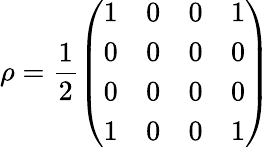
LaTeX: \rho=\frac{1}{2}\left(\begin{array}{llll}{1}&{0}&{0}&{1}\\ {0}&{0}&{0}&{0}\\ {0}&{0}&{0}&{0}\\ {1}&{0}&{0}&{1}\end{array}\right)